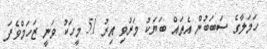
ހަމަލާގެ ސަބަބުން އެތައް ބަޔަކު މަރުވި އިރު 51 މީހަކު ވަނީ ޒަހަމްވެފަ